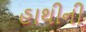
હાથીની